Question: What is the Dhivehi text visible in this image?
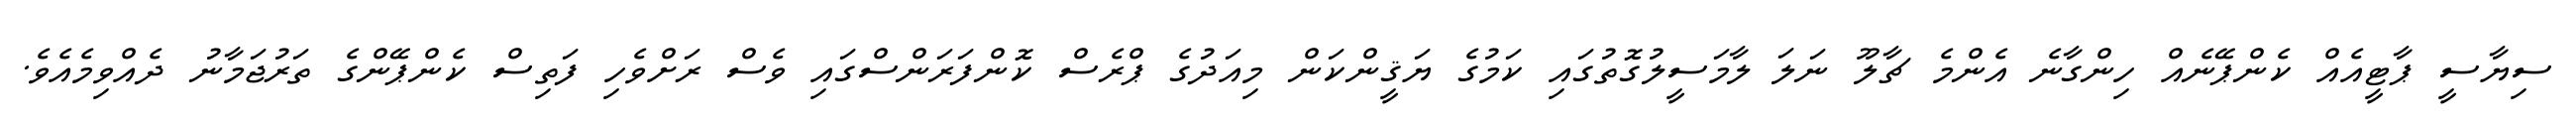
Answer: ސިޔާސީ ޕާޓީއެއް ކެންޕޭނެއް ހިންގާނެ އެންމެ ޗާލޫ ނަލަ ލާމަސީލުގޮތުގައި ކަމުގެ ޔަޤީންކަން މިއަދުގެ ޕްރެސް ކޮންފަރަންސްގައި ވެސް ރަށްވެހި ފަތިސް ކެންޕޭންގެ ތަރުޖަމާނު ދެއްވިމެއެވެ.